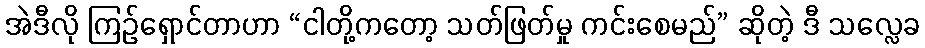
အဲဒီလို ကြဉ်ရှောင်တာဟာ “ငါတို့ကတော့ သတ်ဖြတ်မှု ကင်းစေမည်” ဆိုတဲ့ ဒီ သလ္လေခ